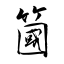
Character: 簂